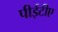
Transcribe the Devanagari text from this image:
पीईटीए